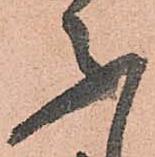
不